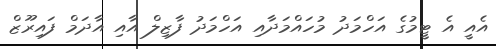
އެއީ އެ ޓީމުގެ އަހްމަދު މުހައްމަދާއި އަހްމަދު ފާޒިލް އާއި އާދަމް ފައިރޫޒް